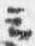
云